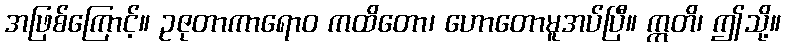
အဖြစ်ကြောင့်။ ဥဇုတာကာရောဝ ကထိတော၊ ဟောတောမူအပ်ပြီ။ ဣတိ၊ ဤသို့။